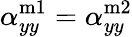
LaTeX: \alpha_{yy}^{\mathrm{m1}}=\alpha_{yy}^{\mathrm{m2}}